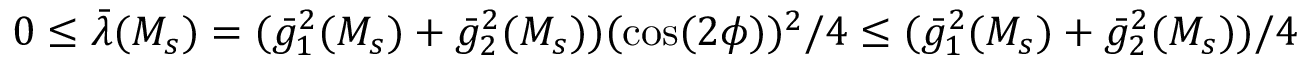
0 \leq \bar { \lambda } ( M _ { s } ) = ( \bar { g } _ { 1 } ^ { 2 } ( M _ { s } ) + \bar { g } _ { 2 } ^ { 2 } ( M _ { s } ) ) ( \cos ( 2 \phi ) ) ^ { 2 } / 4 \leq ( \bar { g } _ { 1 } ^ { 2 } ( M _ { s } ) + \bar { g } _ { 2 } ^ { 2 } ( M _ { s } ) ) / 4